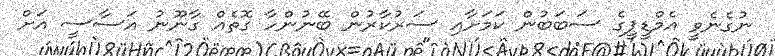
ނުގެނެވީ އެމްޑީޕީގެ ސަބަބުން ކަމަށާއި ސަރުކާރުން ބޭނުންހާ ގޮތެއް ގާނޫނު އަސާސީ އަށް